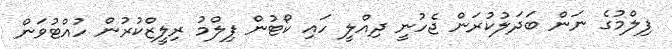
ފިލްމުގެ ނަން ބަދަލުކުރަން ޖެހުނީ ދިއްލީ ހައި ކޯޓުން ފިލްމު ރިލީޒްކުރުން ހުއްޓުވަން